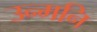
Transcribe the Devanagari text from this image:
उन्मनि